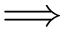
\Longrightarrow